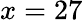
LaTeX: x=27